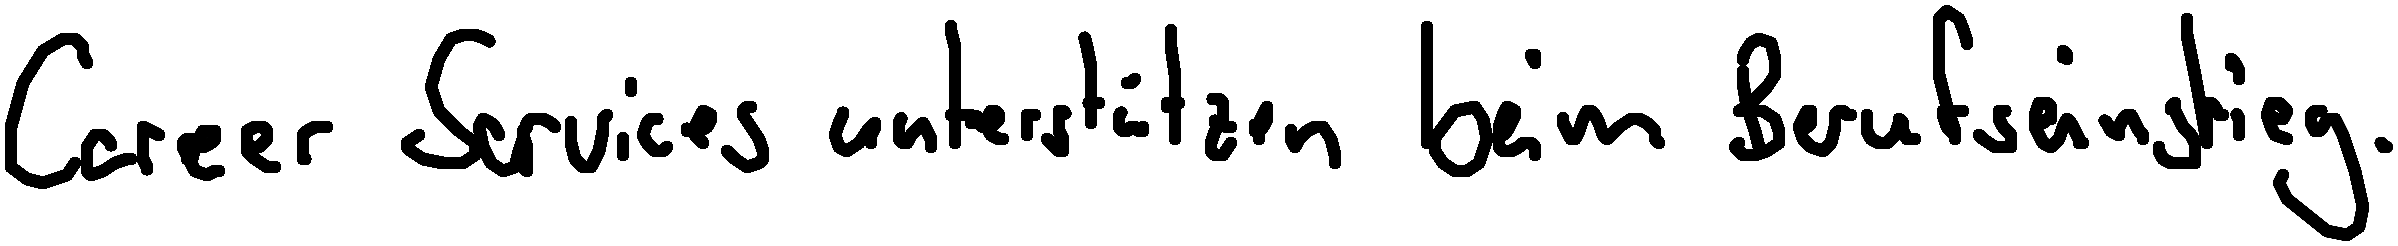
Career Services unterstützen beim Berufseinstieg.